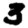
Digit: 3